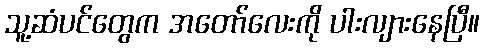
သူ့ဆံပင်တွေက အတော်လေးကို ပါးလျားနေပြီ။